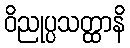
ဝိညုပ္ပသတ္ထာနိ